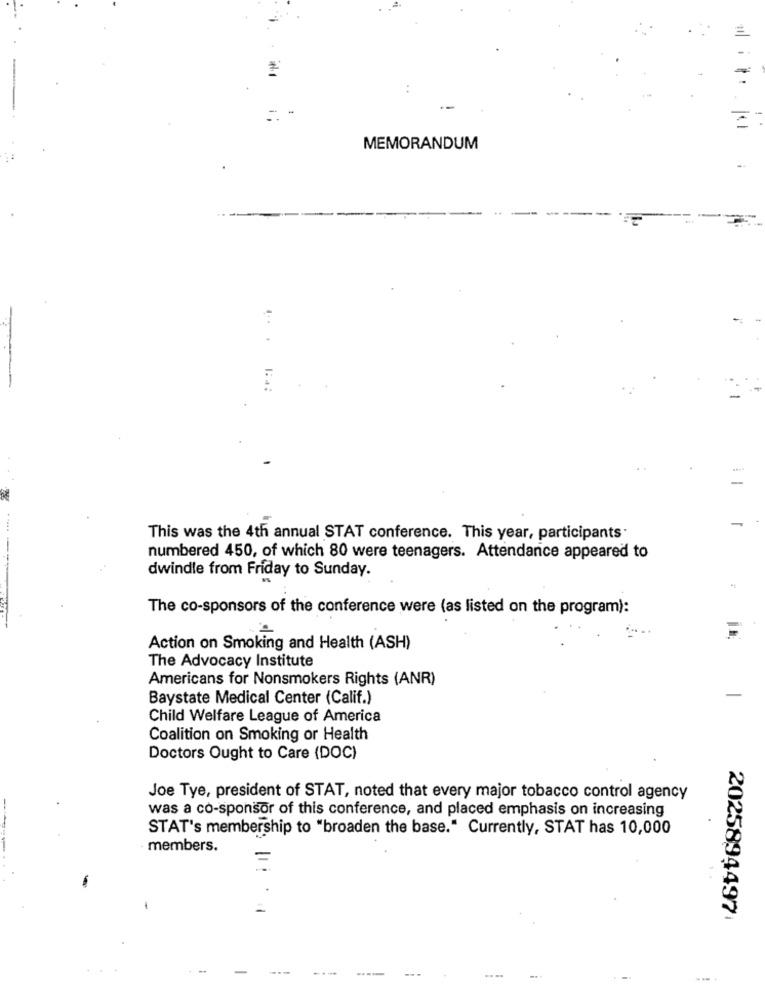
MEMORANDUM
This was the 4th annual STAT conference. This year, participants.
numbered 450, of which 80 were teenagers. Attendance appeared to
dwindle from Friday to Sunday.
The co-sponsors of the conference were (as listed on the program):
Action on Smoking and Health (ASH)
The Advocacy Institute
Americans for Nonsmokers Rights (ANR)
Baystate Medical Center (Calif.)
Child Welfare League of America
Coalition on Smoking or Health
Doctors Ought to Care (DOC)
Joe Tye, president of STAT, noted that every major tobacco control agency
was a co-sponsor of this conference, and placed emphasis on increasing
STAT's membership to "broaden the base." Currently, STAT has 10,000
members.
.1
2025894497
..
-
---